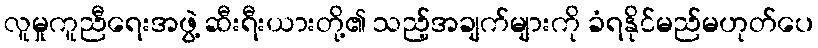
လူမှုကူညီရေးအဖွဲ့ ဆီးရီးယားတို့၏ သည့်အချက်များကို ခံရနိုင်မည်မဟုတ်ပေ